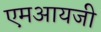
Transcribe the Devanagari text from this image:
एमआयजी